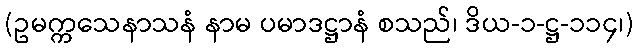
(ဥမက္ကသေနာသနံ နာမ ပမာဒဋ္ဌာနံ စသည်၊ ဒိယ-၁-ဋ္ဌ-၁၁၄၊)